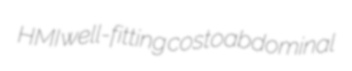
HMI well-fitting costoabdominal